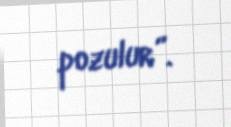
pozulur”.